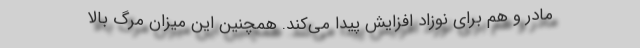
مادر و هم برای نوزاد افزایش پیدا می‌کند. همچنین این میزان مرگ بالا